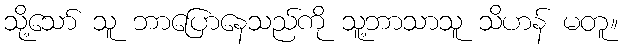
သို့သော် သူ ဘာပြောနေသည်ကို သူ့ဘာသာသူ သိဟန် မတူ။